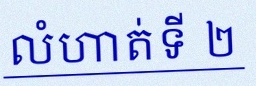
លំហាត់ទី ២